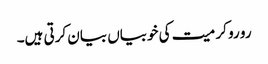
رو رو کر میت کی خوبیاں بیان کرتی ہیں۔